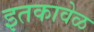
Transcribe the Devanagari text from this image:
इतकावेळ